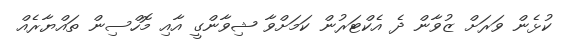
ކުޅެން ވަރަށް ޒުވާން ދެ އެކްޓަރުން ކަމަށްވާ ޝިވާންގީ އާއި މޮހްސިން ތައްޔާރެއް